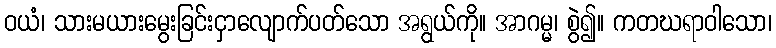
ဝယံ၊ သားမယားမွေးခြင်းငှာလျောက်ပတ်သော အရွယ်ကို။ အာဂမ္မ၊ စွဲ၍။ ကတဃရာဝါသော၊